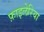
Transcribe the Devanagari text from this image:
फ़ाइलेरिया